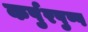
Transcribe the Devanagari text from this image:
कर्पुरपुष्प